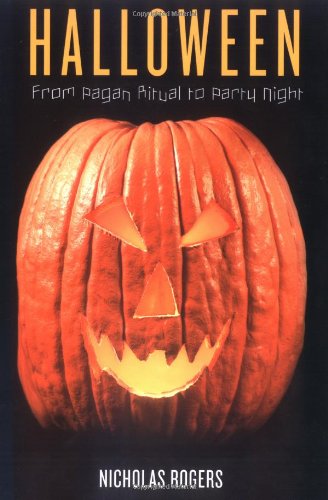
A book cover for Halloween: From Pagan Ritual to Party Night; Nicholas Rogers; Literature & Fiction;